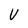
Character: V